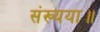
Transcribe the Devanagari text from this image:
संख्यया॥